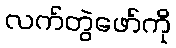
လက်တွဲဖော်ကို